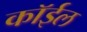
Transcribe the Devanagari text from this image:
कॉईल